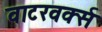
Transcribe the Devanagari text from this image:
वाटरवर्क्स